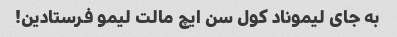
به جای لیموناد کول سن ایچ مالت لیمو فرستادین!